Report on sanitation, dispensaries, and jails in Rajputana for 1914, and on vaccination for the year 1914-1915 - 1914-1915
Year: 1914
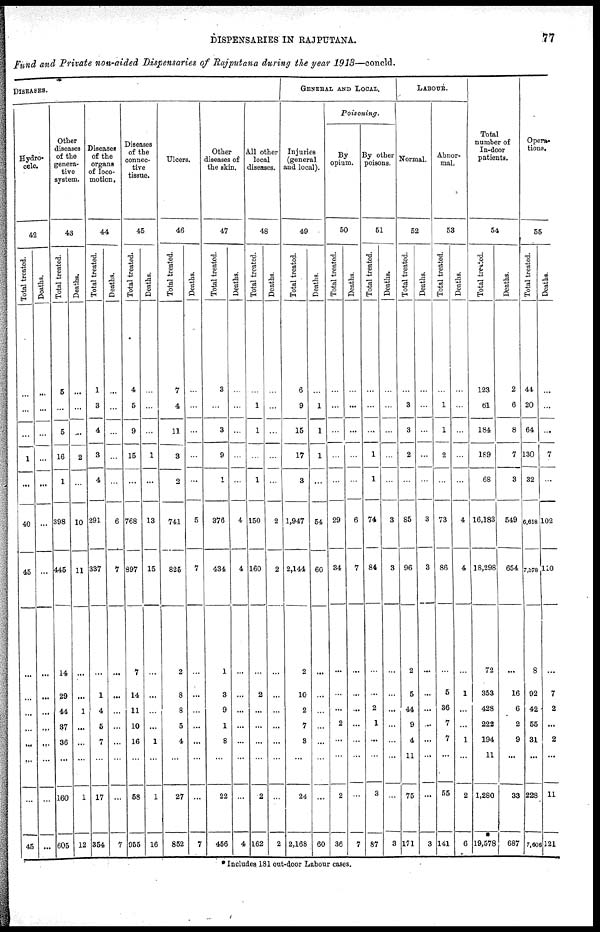
DISPENSARIES IN RAJPUTANA.
77
Fund and Private non-aided Dispensaries of Rajputana during the year 1913—concld.
DISEASES.
Hydro¬
cele.
42
Total treated.
...
...
...
1
...
40
45
...
...
...
...
...
...
...
45
Deaths.
...
...
...
...
...
...
...
...
...
...
...
...
...
...
...
Other
diseases
of the
genera-
tive
system.
43
Total treated.
5
...
5
16
1
398
445
14
29
44
37
36
...
160
605
Deaths.
...
...
...
2
...
10
11
...
...
1
...
...
...
1
12
Diseases
of the
organs
of loco-
motion.
44
Total treated.
1
3
4
3
4
291
337
...
1
4
5
7
...
17
354
Deaths.
...
...
...
...
...
6
7
...
...
...
...
...
...
...
7
Diseases
of the
connec-
tive
tissue.
45
Total treated.
4
5
9
15
...
768
897
7
14
11
10
16
...
58
955
Deaths.
...
...
...
1
...
13
15
...
...
...
...
1
...
1
16
Ulcers.
46
Total treated.
7
4
11
3
2
741
825
2
8
8
5
4
...
27
852
Deaths.
...
...
...
...
...
5
7
...
...
...
...
...
...
...
7
Other
diseases of
the skin.
47
Total treated.
3
...
3
9
1
376
434
1
3
9
1
8
...
22
456
Deaths.
...
...
...
...
...
4
4
...
...
...
...
...
...
...
4
All other
local
diseases.
48
Total treated.
...
1
1
...
1
150
160
...
2
...
...
...
...
2
162
Deaths.
...
...
...
...
...
2
2
...
...
...
...
...
...
...
2
GENERAL AND LOCAL.
Injuries
(general
and local).
49
Total treated.
6
9
15
17
3
1,947
2,144
2
10
2
7
3
...
24
2,168
Deaths.
...
1
1
1
...
54
60
...
...
...
...
...
...
...
60
Poisoning.
By
opium.
50
Total treated.
...
...
...
...
...
29
34
...
...
...
2
...
...
2
36
Deaths.
...
...
...
...
...
6
7
...
...
...
...
...
...
...
7
By other
poisons.
51
Total treated.
...
...
...
1
1
74
84
...
...
2
1
...
...
3
87
Deaths.
...
...
...
...
...
3
3
...
...
...
...
...
...
...
3
LABOUR.
Normal.
52
Total treated.
...
3
3
2
...
85
96
2
5
44
9
4
11
75
171
Deaths.
...
...
...
...
...
3
3
...
...
...
...
...
...
...
3
Abnor-
mal.
53
Total treated.
...
1
1
2
...
73
86
...
5
36
7
7
...
55
141
Deaths.
...
...
...
...
...
4
4
...
1
...
...
1
...
2
6
Total
number of
In-door
patients.
54
Total treated.
123
61
184
189
68
16,183
18,298
72
353
428
222
194
11
1,280
19,578
Deaths.
2
6
8
7
3
549
654
...
16
6
2
9
...
33
687
Opera-
tions.
55
Total treated.
44
20
64
130
32
6,618
7,378
8
92
42
55
31
...
228
7,606
Deaths.
...
...
...
7
...
102
110
...
7
2
...
2
...
11
121
* Includes 181 out-door Labour cases.